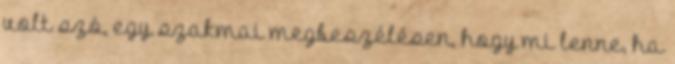
volt szó, egy szakmai megbeszélésen, hogy mi lenne, ha